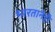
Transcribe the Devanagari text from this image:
भारतानेही